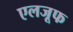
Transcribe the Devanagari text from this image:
एलजूफ